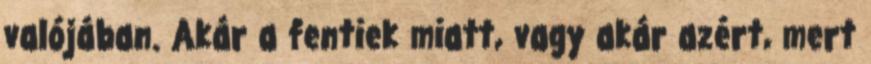
valójában. Akár a fentiek miatt, vagy akár azért, mert